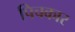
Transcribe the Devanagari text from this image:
पिचकार